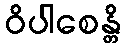
ဝိပါစေန္တိ